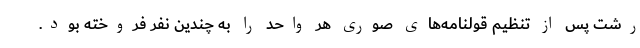
رشت پس از تنظیم قولنامه‌های صوری هر واحد را به چندین نفر فروخته بود.